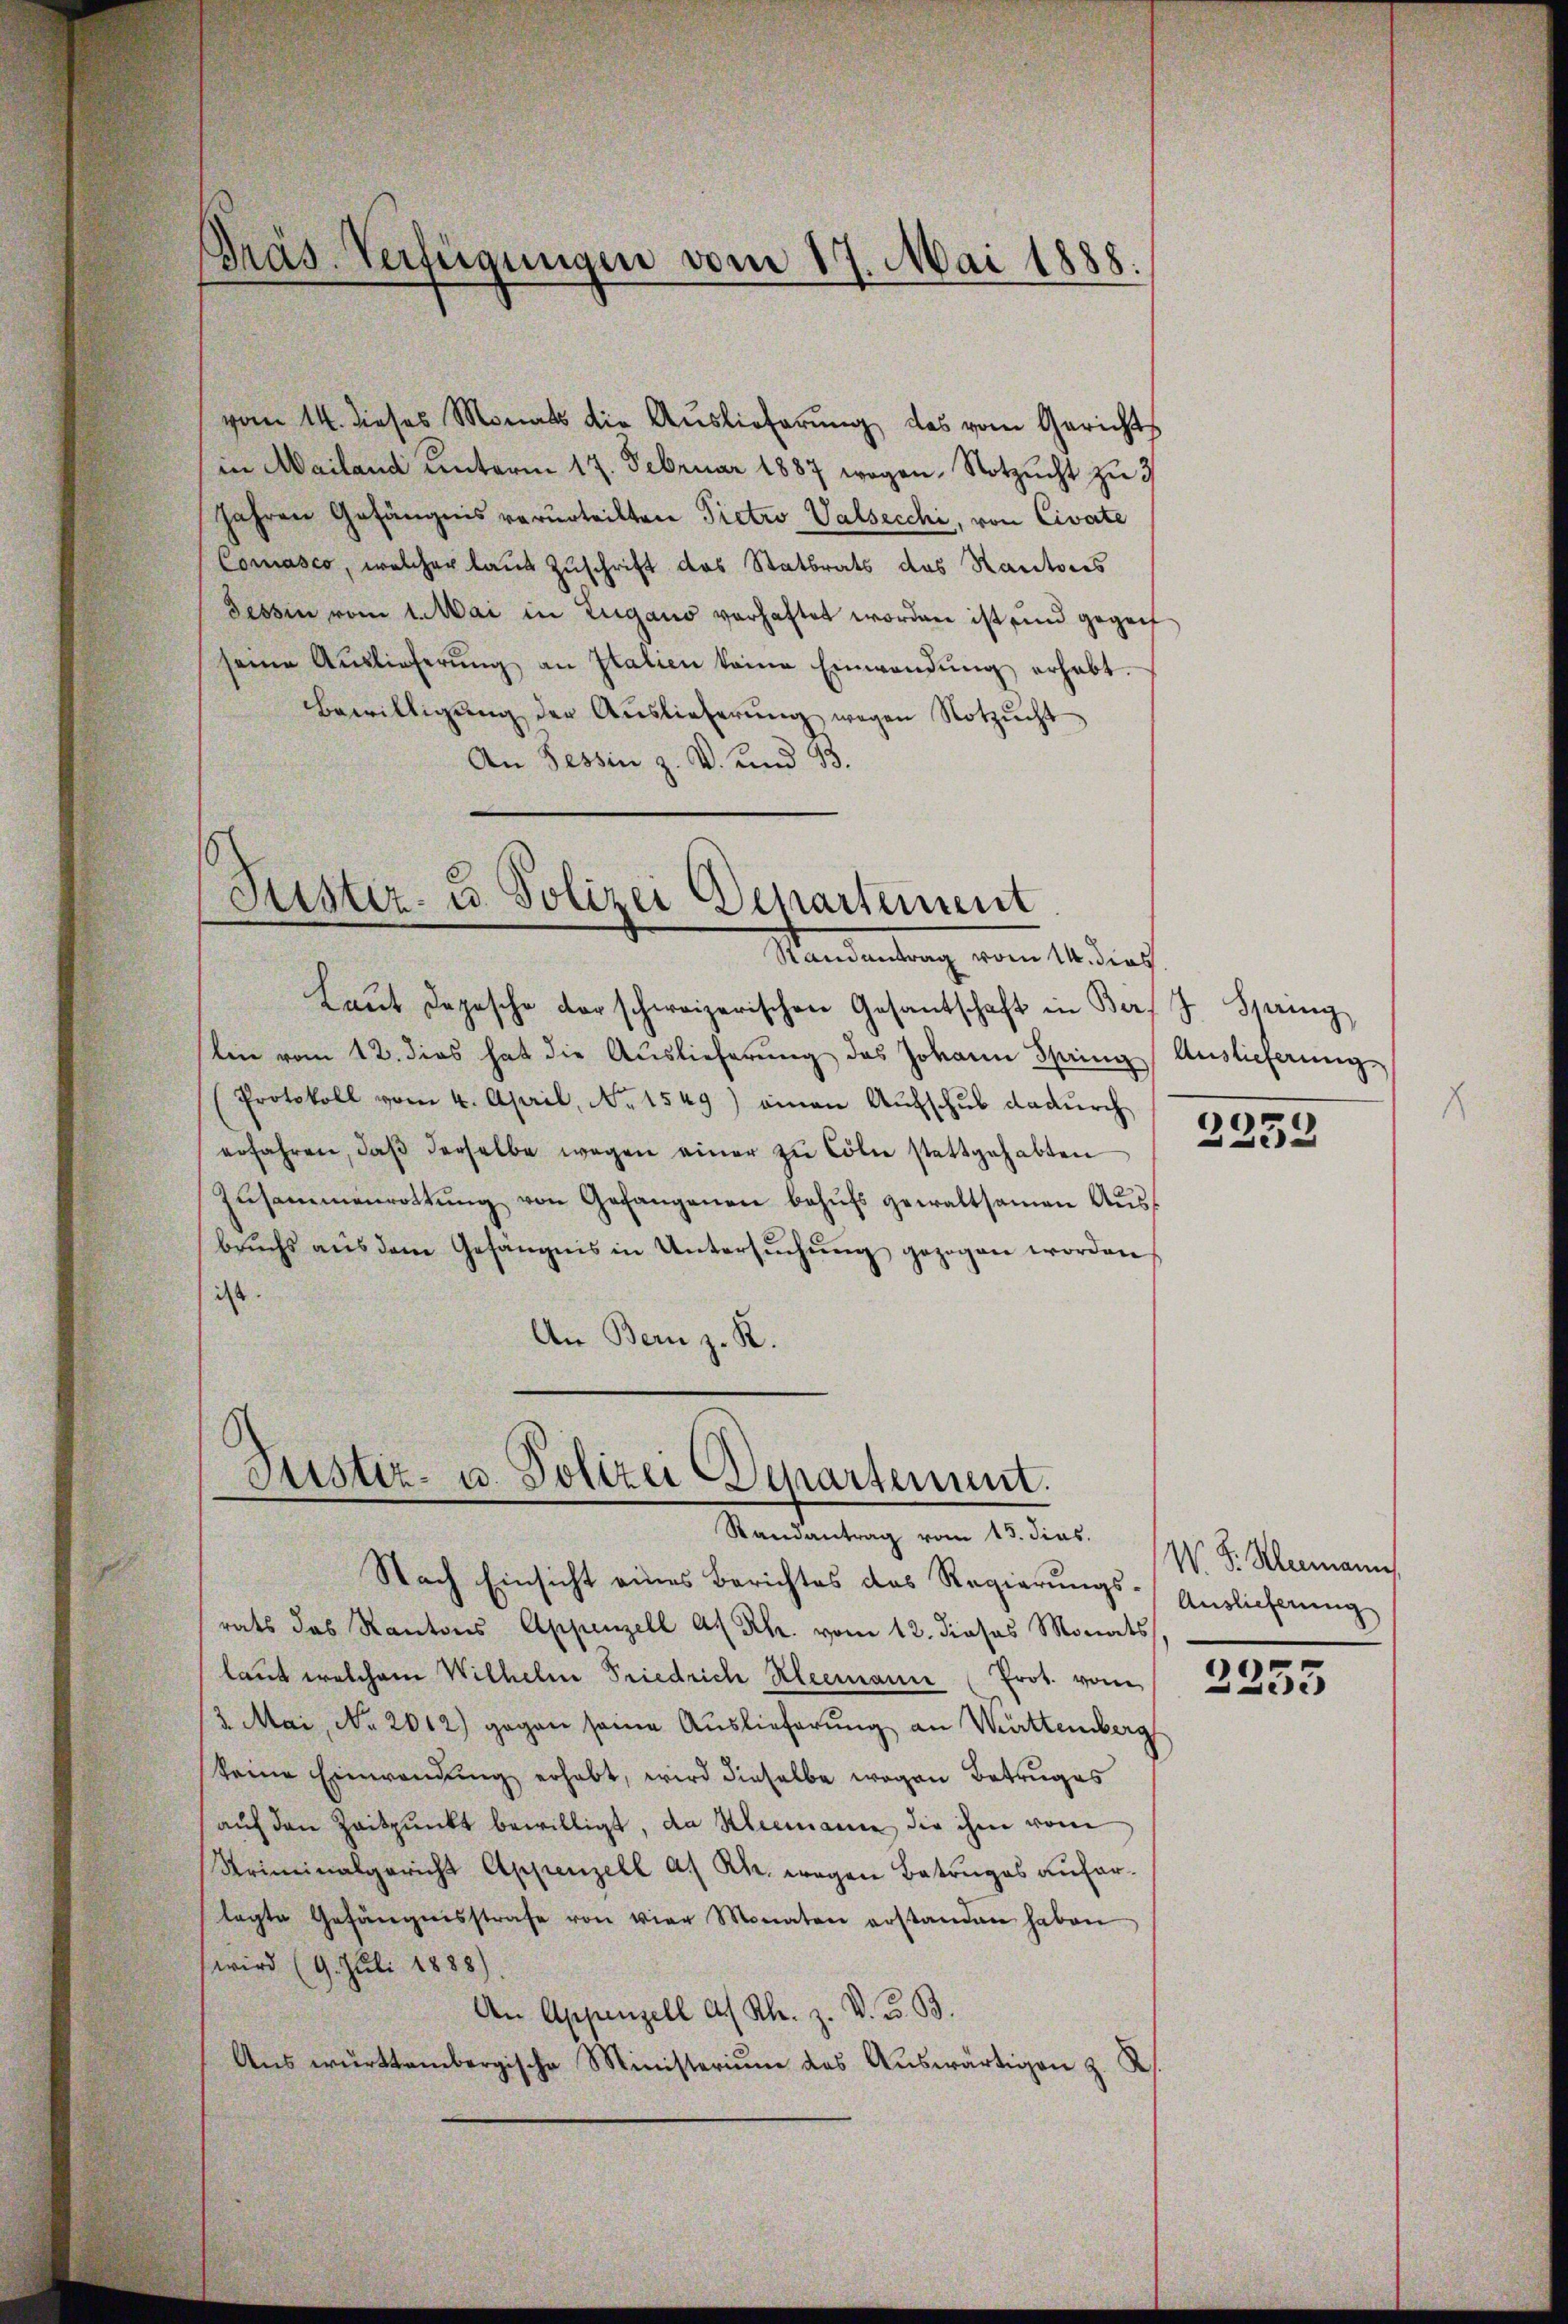
Präs. Verfügungen vom 17. Mai 1888.

vom 14. dieses Monats die Auslieferung des vom Gerichts
in Mailand unterm 17. Februar 1887 wegen Notzucht zu 3
Jahren Gefängnis verurteilten Pietro Valsecchi, von Civate
Conasco, welcher laut Zuschrift des Statbrats des Kantons
Tessin vom 1. Mai in Zugano vorhaftet worden ist und gegen
seine Auslieferŭng an Italien keine Einwendŭng erhebt.
Bewilligŭng der Auslieferŭng wegen Notzucht
An Tessin z. V. und 33.

Laŭt Dopische darschweizerischen Gesantschaft in Bers J. Spring
lei vom 12. dies hat die Aŭslieferŭng des Johann Spring
(Protokoll vom 4. April, No 1549) einen Aufschub dadurch
erfahren, daβ derselbe wegen einer zu Cölie stattgehabten
Zusammenrottŭng von Gefangenen behŭfs gewaltsamen Ausbrŭchs aŭs dem Gefängnis in Untersŭchŭng gezogen worden
ist
An Bern z. B.

Fister- u. Polizei Departement
Randantrag vom 14. dies

Justiz- u. Polizei Departement.
Randantrag vom 15. dies

Auslieferung
2335

Nach Einsicht eines Berichtes das Regierungsrats das Kantons Appenzell A. Rh. vom 12. dieses Monats
laut welchem Wilhelm Friedrich Kleemann (Prot. vom
3 Mai, No 2012) gegen seine Auslieferung an Werttemberg
keine Einwendung erhabt, wird dieselbe wegen Betruges
aŭf den Zeitpunkt bewilligt, da Kleemann die ihm vom
Kriminalgericht Appenzell a. Rh. wegen Betruges auferlagte Gefängnisstrafe von vier Monaten erstanden haben
wird (9. Juli 1888)
An Appenzell A/ Kl. z. V. B. B.
Aus württembergische Ministerium des Auswärtigen 3. K

W. F. Hermann
Auslieferung
2255